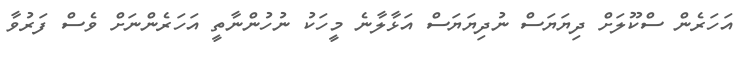
އަހަރެން ސްކޫލަށް ދިޔަޔަސް ނުދިޔަޔަސް އަޅާލާނެ މީހަކު ނުހުންނާތީ އަހަރެންނަށް ވެސް ފަރުވާ